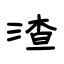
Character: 渣